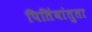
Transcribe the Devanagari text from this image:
पितिंयांतुता